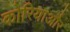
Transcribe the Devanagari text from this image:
कोरियाऔर